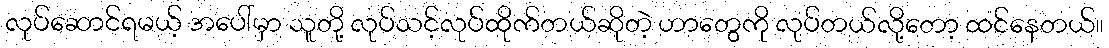
လုပ်ဆောင်ရမယ့် အပေါ်မှာ သူတို့ လုပ်သင့်လုပ်ထိုက်တယ်ဆိုတဲ့ ဟာတွေကို လုပ်တယ်လို့တော့ ထင်နေတယ်။